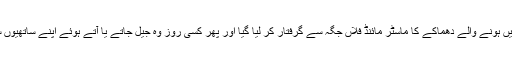
اوراس کے بعد کسی روز معلوم ہوگا کہ گلشن اقبال لاہور میں ہونے والے دھماکے کا ماسٹر مائنڈ فلاں جگہ سے گرفتار کر لیا گیا اور پھر کسی روز وہ جیل جاتے یا آتے ہوئے اپنے ساتھیوں سمیت کسی ویران جگہ پر پولیس مقابلے میں مارا جائے گا۔